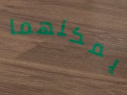
يمكنهما